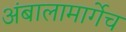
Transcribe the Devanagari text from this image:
अंबालामार्गेच